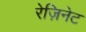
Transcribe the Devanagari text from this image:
रेज़िनेट